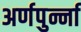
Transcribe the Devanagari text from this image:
अर्णपुर्न्ना